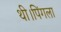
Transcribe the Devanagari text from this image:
थी।पिंगला